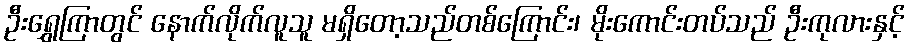
ဦးရွှေကြာတွင် နောက်လိုက်လူသူ မရှိတော့သည်တစ်ကြောင်း၊ မိုးကောင်းတပ်သည် ဦးကုလားနှင့်